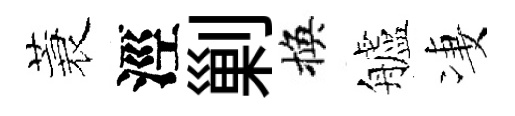
蓑涇剿換艫凄